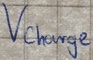
Text: VCharge